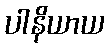
ပါနိယာယ